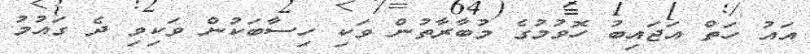
އައު ހަތް އަޖައިބު ހޮވުމުގެ މުބާރާތުން ވަކި ހިސާބަކުން ވަކިވި ދެ ގައުމު